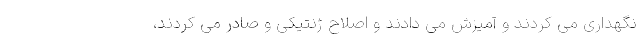
نگهداری می کردند و آمیزش می دادند و اصلاح ژنتیکی و صادر می کردند،